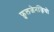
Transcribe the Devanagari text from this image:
फ़ुलजेनज़ियो